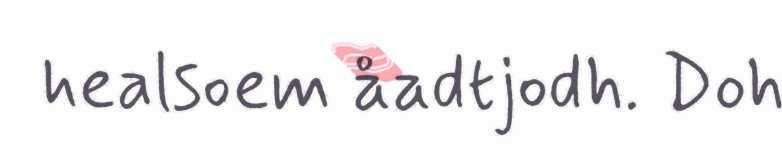
healsoem åadtjodh. Doh